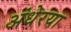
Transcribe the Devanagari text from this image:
अंधेरया